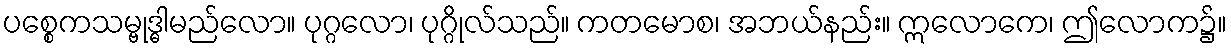
ပစ္စေကသမ္ဗုဒ္ဓါမည်လော။ ပုဂ္ဂလော၊ ပုဂ္ဂိုလ်သည်။ ကတမောစ၊ အဘယ်နည်း။ ဣလောကေ၊ ဤလောက၌။